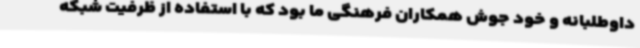
داوطلبانه و خود جوش همکاران فرهنگی ما بود که با استفاده از ظرفیت شبکه